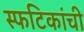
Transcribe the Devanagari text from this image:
स्फटिकांची